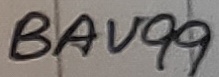
Text: BAV99